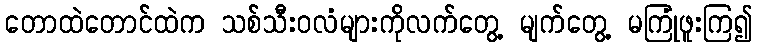
တောထဲတောင်ထဲက သစ်သီးဝလံများကိုလက်တွေ့ မျက်တွေ့ မကြုံဖူးကြ၍